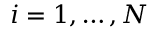
i = 1 , \ldots , N